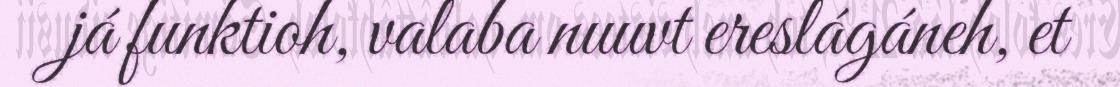
já funktioh, valaba nuuvt ereslágáneh, et